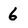
Character: 6